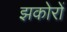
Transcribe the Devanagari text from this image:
झकोरों